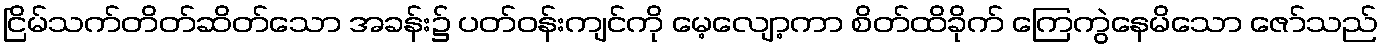
ငြိမ်သက်တိတ်ဆိတ်သော အခန်း၌ ပတ်ဝန်းကျင်ကို မေ့လျော့ကာ စိတ်ထိခိုက် ကြေကွဲနေမိသော ဇော်သည်